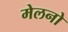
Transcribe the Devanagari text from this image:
मेलनो